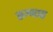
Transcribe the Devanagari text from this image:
रूग्णात